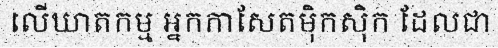
លើឃាតកម្ម អ្នកកាសែតម៉ិកស៊ិក ដែលជា